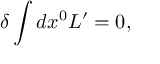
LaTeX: \delta \int d x ^ { 0 } L ^ { \prime } = 0 ,